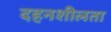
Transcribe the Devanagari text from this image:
दहनशीलता